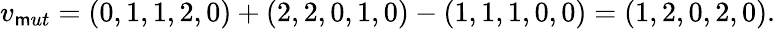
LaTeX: v_{\mathsf{m}ut}=(0,1,1,2,0)+(2,2,0,1,0)-(1,1,1,0,0)=(1,2,0,2,0).